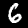
Label: 6